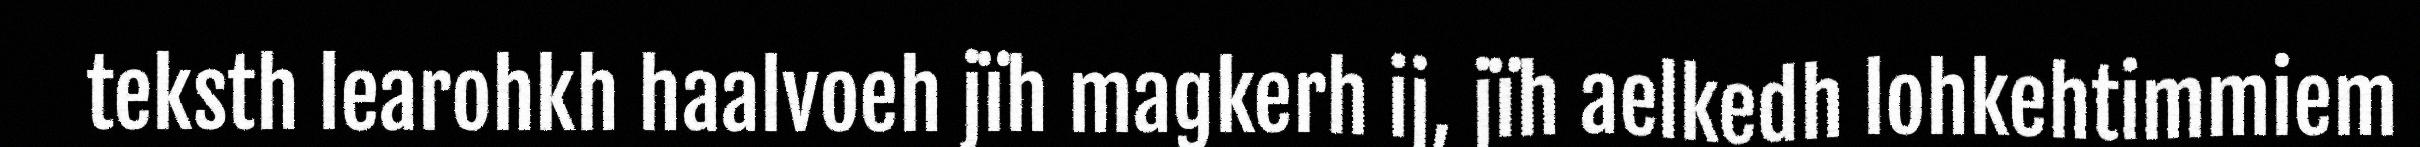
teksth learohkh haalvoeh jïh magkerh ij, jïh aelkedh lohkehtimmiem